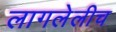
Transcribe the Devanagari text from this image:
लागलेलीच